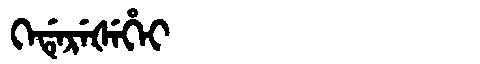
Manchu: ᡴᡝᡩᡝᡵᡝᡧᡝᡥᡝᡳ
Romanization: KEDEREŠEHEI